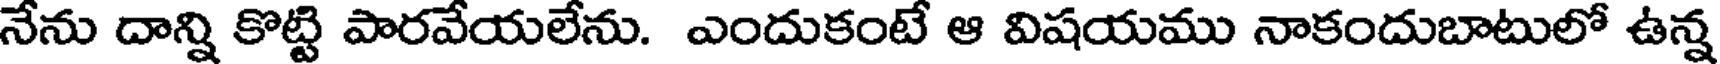
నేను దాన్ని కొట్టి పారవేయలేను. ఎందుకంటే ఆ విషయము నాకందుబాటులో ఉన్న